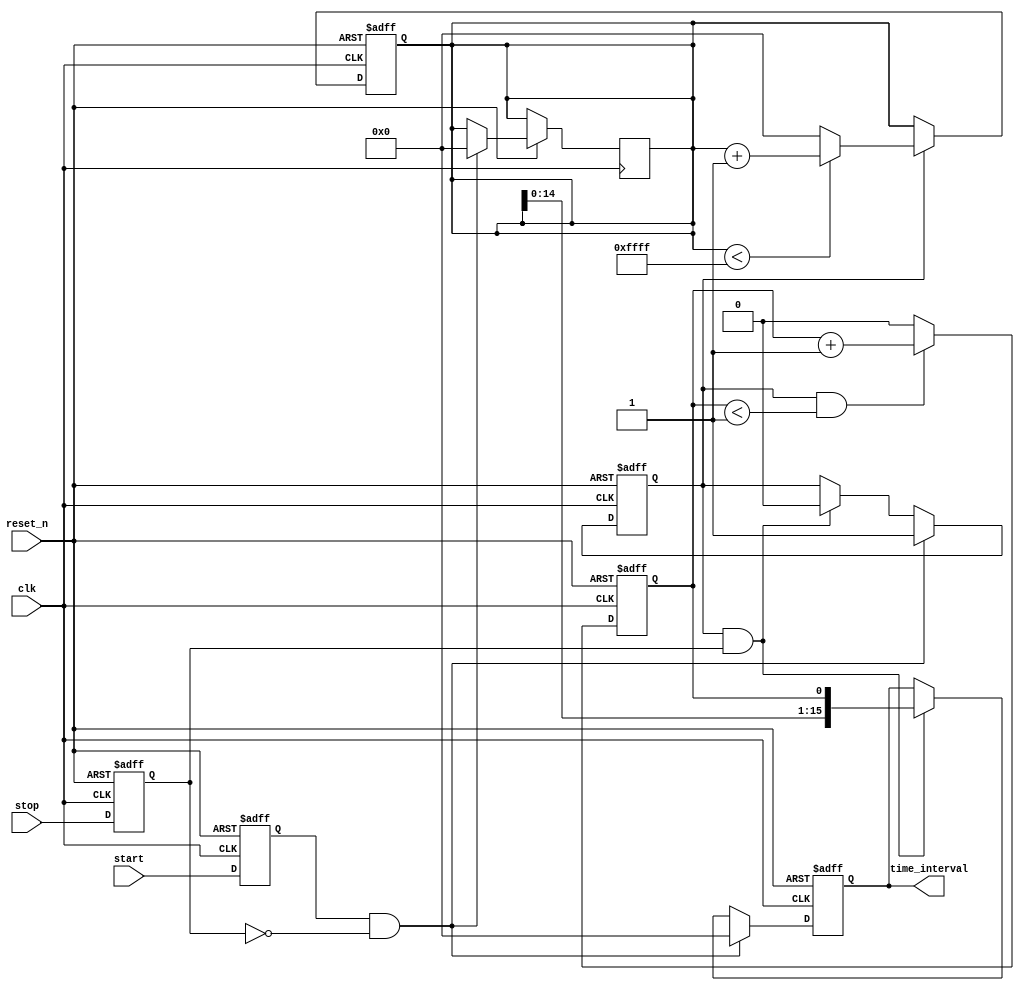
module TDC (
    input wire clk,          // High-frequency clock for measurements
    input wire reset_n,      // Active low reset
    input wire start,        // Start signal
    input wire stop,         // Stop signal
    output reg [15:0] time_interval // Output for time interval (16-bit for example)
);

// Parameters
parameter COARSE_MAX = 16'hFFFF; // Max count for coarse measurement

// Internal Signals
reg [15:0] coarse_counter; // Coarse counter
reg fine_counter;           // Fine counter
reg counting;               // Counting state for the state machine
reg start_delay;           // Signal to ensure synchronization of start signal
reg stop_delay;            // Signal to ensure synchronization of stop signal

// Coarse Counter
always @(posedge clk or negedge reset_n) begin
    if (!reset_n) begin
        coarse_counter <= 0;
    end else if (counting) begin
        if (coarse_counter < COARSE_MAX) begin
            coarse_counter <= coarse_counter + 1;
        end else begin
            coarse_counter <= 0; // Counter overflow
        end
    end
end

// Fine Resolution Mechanism (for example, can be a simple timer)
always @(posedge clk or negedge reset_n) begin
    if (!reset_n) begin
        fine_counter <= 0;
    end else if (counting && fine_counter < 1) begin // Fine counter for 1 clock cycle
        fine_counter <= fine_counter + 1; // Could be extended for more precision
    end else begin
        fine_counter <= 0;
    end
end

// State Machine for Control Logic
always @(posedge clk or negedge reset_n) begin
    if (!reset_n) begin
        counting <= 0;
        time_interval <= 0;
        start_delay <= 0;
        stop_delay <= 0;
    end else begin
        start_delay <= start; // Delay start signal for synchronization
        stop_delay <= stop;   // Delay stop signal for synchronization

        if (start_delay && !stop_delay) begin
            counting <= 1; // Start counting when start is detected
            coarse_counter <= 0; // Reset coarse counter on start
            time_interval <= 0; // Reset the time interval output
        end else if (counting && stop_delay) begin
            counting <= 0; // Stop counting when stop is detected
            time_interval <= {coarse_counter, fine_counter}; // Combine to create time interval
        end
    end
end

endmodule